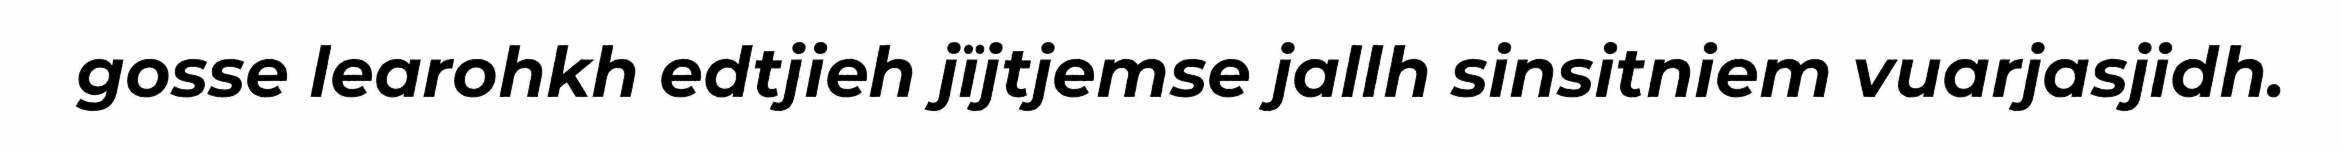
gosse learohkh edtjieh jïjtjemse jallh sinsitniem vuarjasjidh.